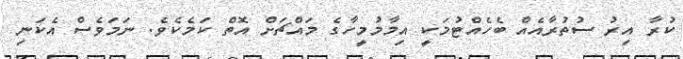
ކުރާ އިރު ސުތުރާއެއް ބެހެއްޓުމަކީ އިމާމުމީހާގެ މައްޗަށް އޮތް ކަމެކެވެ. ނަމަވެސް އެކަނި